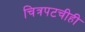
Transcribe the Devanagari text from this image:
चित्रपटचीही